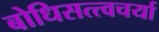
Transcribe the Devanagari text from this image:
बोधिसत्त्वचर्या